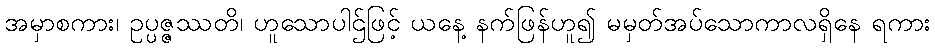
အမှာစကား၊ ဥပ္ပဇ္ဇဿတိ၊ ဟူသောပါဌ်ဖြင့် ယနေ့ နက်ဖြန်ဟူ၍ မမှတ်အပ်သောကာလရှိနေ ရကား